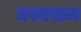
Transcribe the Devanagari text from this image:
धरमराज